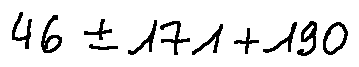
4 6 \pm 1 7 1 + 1 9 0